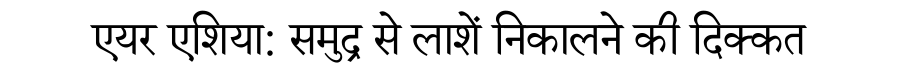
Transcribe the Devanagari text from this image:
एयर एशिया: समुद्र से लाशें निकालने की दिक्कत